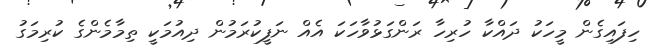
ހިފައިގެން މީހަކު ދައްކާ ހުރިހާ ރަންގަޅުވާހަކަ އެއް ނަފީކުރަމުން ދިއުމަކީ ތިމާމެންގެ ކުރިމަގު